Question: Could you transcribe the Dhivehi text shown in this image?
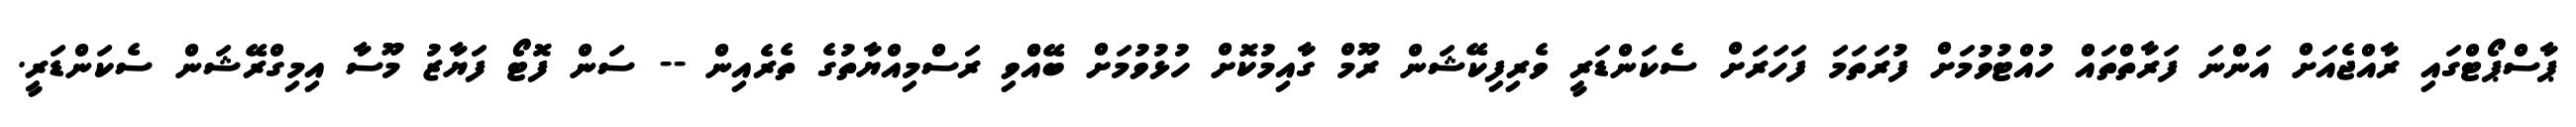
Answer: ޕާސްޕޯޓްގައި ރާއްޖެއަށް އަންނަ ފަރާތްތައް ހުއްޓުވުމަށް ފުރަތަމަ ފަހަރަށް ސެކަންޑަރީ ވެރިފިކޭޝަން ރޫމް ގާއިމުކޮށް ހުޅުވުމަށް ބޭއްްވި ރަސްމިއްޔާތުގެ ތެރެއިން -- ސަން ފޮޓޯ ފަޔާޒު މޫސާ އިމިގްރޭޝަން ސެކަންޑަރީ.